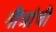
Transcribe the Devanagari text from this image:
मीत्रांची